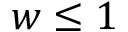
w \leq 1